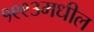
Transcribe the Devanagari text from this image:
१९९३मधील